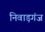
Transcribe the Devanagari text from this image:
निवाड़गंज